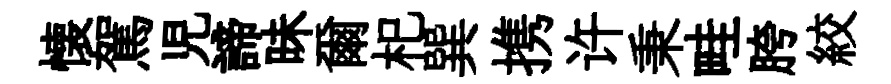
懐駕児諦昧爾𣏌巽携许秉畦胯絞